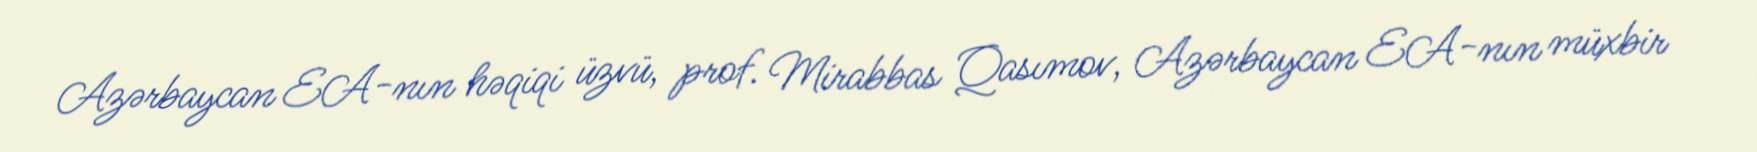
Azərbaycan EA-nın həqiqi üzvü, prof. Mirabbas Qasımov, Azərbaycan EA-nın müxbir